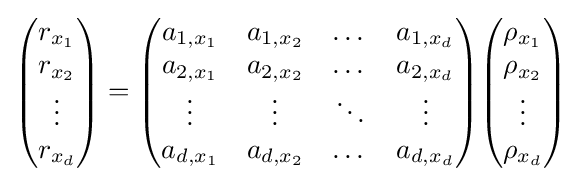
{\begin{pmatrix}r_{x_{1}}\\r_{x_{2}}\\\vdots \\r_{x_{d}}\end{pmatrix}}={\begin{pmatrix}a_{1,x_{1}}&a_{1,x_{2}}&\dots &a_{1,x_{d}}\\a_{2,x_{1}}&a_{2,x_{2}}&\dots &a_{2,x_{d}}\\\vdots &\vdots &\ddots &\vdots \\a_{d,x_{1}}&a_{d,x_{2}}&\dots &a_{d,x_{d}}\end{pmatrix}}{\begin{pmatrix}\rho _{x_{1}}\\\rho _{x_{2}}\\\vdots \\\rho _{x_{d}}\end{pmatrix}}